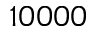
1 0 0 0 0